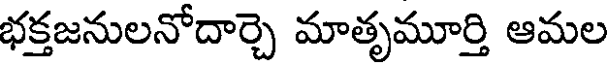
భక్తజనులనోదార్చె మాతృమూర్తి ఆమల